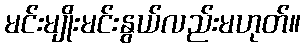
မင်းမျိုးမင်းနွယ်လည်းမဟုတ်။